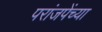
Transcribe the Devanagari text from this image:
परांजपेंच्या